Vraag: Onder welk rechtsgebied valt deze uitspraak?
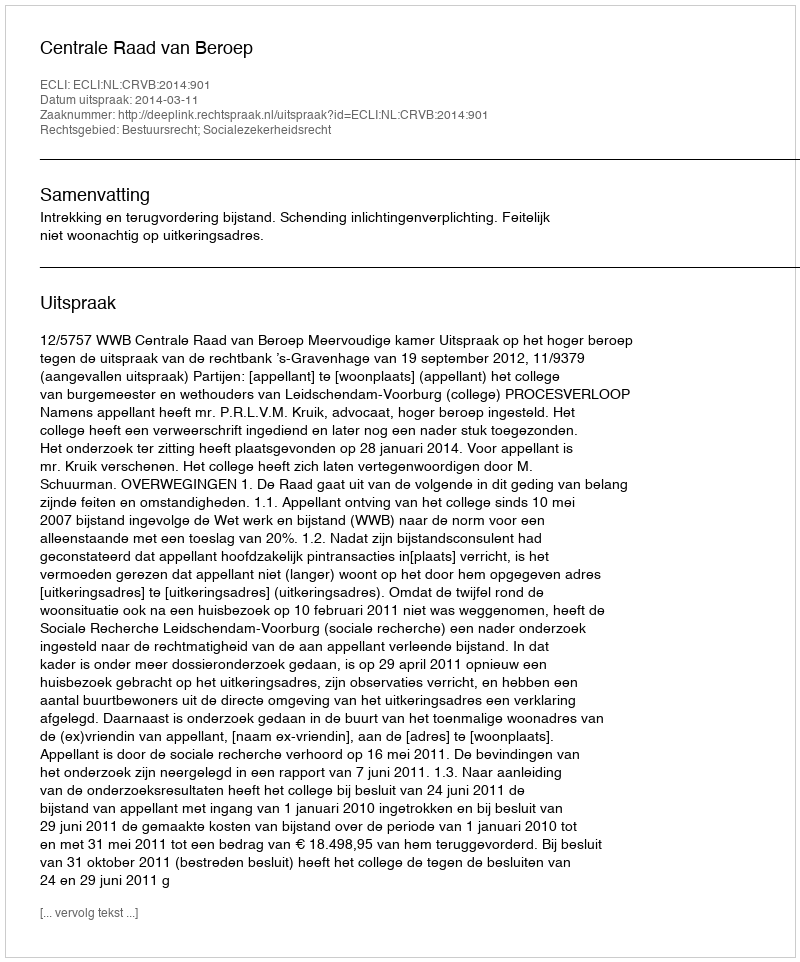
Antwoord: Bestuursrecht; Socialezekerheidsrecht